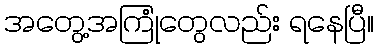
အတွေ့အကြုံတွေလည်း ရနေပြီ။